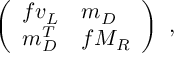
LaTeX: \left( \begin{array} { l l } { { f v _ { L } } } & { { m _ { D } } } \\ { { m _ { D } ^ { T } } } & { { f M _ { R } } } \end{array} \right) \ ,